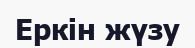
Еркін жүзу